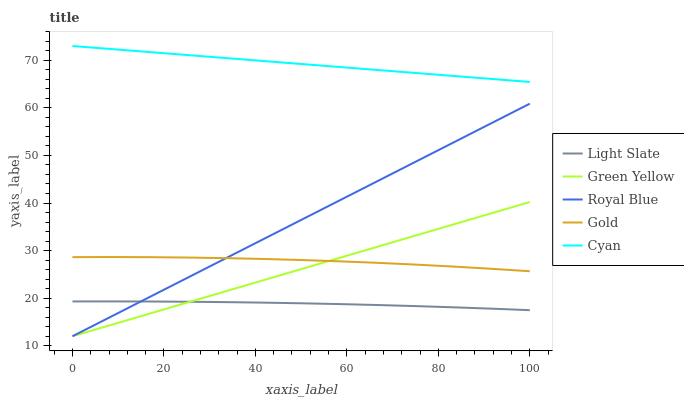
| xaxis_label | Light Slate | Green Yellow | Royal Blue | Gold | Cyan |
 | --- | --- | --- | --- | --- | --- |
 | 0 | 19.3 | 12 | 12 | 28.6 | 73 |
 | 8.33 | 19.3 | 14.4 | 16.1 | 28.6 | 72.4 |
 | 16.7 | 19.3 | 16.7 | 20.1 | 28.6 | 71.7 |
 | 25 | 19.3 | 19.1 | 24.2 | 28.5 | 71.1 |
 | 33.3 | 19.2 | 21.4 | 28.3 | 28.4 | 70.5 |
 | 41.7 | 19.1 | 23.8 | 32.4 | 28.2 | 69.9 |
 | 50 | 18.9 | 26.1 | 36.4 | 28 | 69.2 |
 | 58.3 | 18.8 | 28.5 | 40.5 | 27.8 | 68.6 |
 | 66.7 | 18.6 | 30.8 | 44.6 | 27.4 | 68 |
 | 75 | 18.3 | 33.2 | 48.7 | 27.1 | 67.3 |
 | 83.3 | 18.1 | 35.5 | 52.7 | 26.6 | 66.7 |
 | 91.7 | 17.8 | 37.9 | 56.8 | 26.2 | 66.1 |
 | 100 | 17.5 | 40.2 | 60.9 | 25.7 | 65.4 |